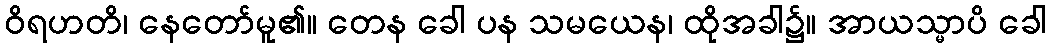
ဝိရဟတိ၊ နေတော်မူ၏။ တေန ခေါ ပန သမယေန၊ ထိုအခါ၌။ အာယသ္မာပိ ခေါ